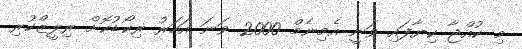
މި ކުއްޖާ ކިޔާފައި ވަނީ އެމިނެމް 2000 ވަނަ އަހަރު ރިކޯޑުކޮށް ރިލީޒްކުރި